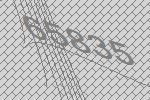
65835